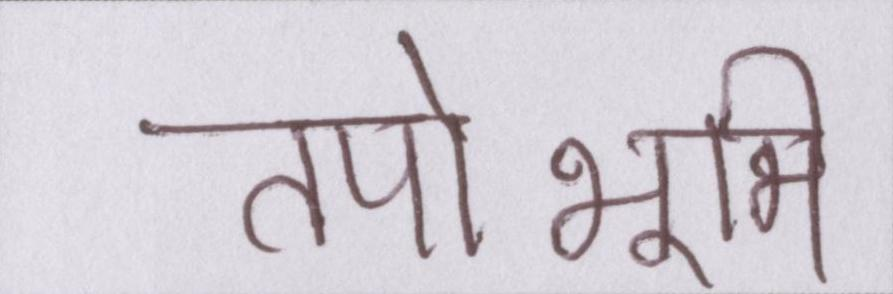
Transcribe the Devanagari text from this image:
तपोभूमि